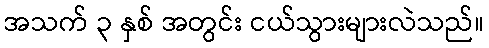
အသက် ၃ နှစ် အတွင်း ငယ်သွားများလဲသည်။